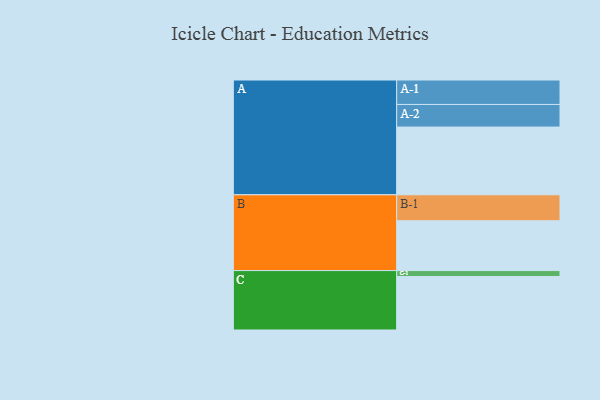
{"axis": {"x": "Segment", "y": "Value"}, "legend": ["", "A", "B", "C"], "data": [{"x": "A", "y": 587, "type": ""}, {"x": "B", "y": 432, "type": ""}, {"x": "C", "y": 464, "type": ""}, {"x": "A-1", "y": 212, "type": "A"}, {"x": "A-2", "y": 196, "type": "A"}, {"x": "B-1", "y": 225, "type": "B"}, {"x": "C-1", "y": 51, "type": "C"}]}